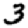
Digit: 3